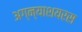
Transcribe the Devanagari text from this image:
अग्न्याशयरस